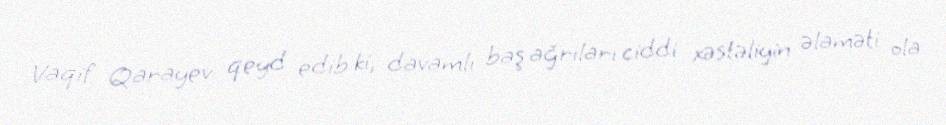
Vaqif Qarayev qeyd edib ki, davamlı baş ağrıları ciddi xəstəliyin əlaməti ola